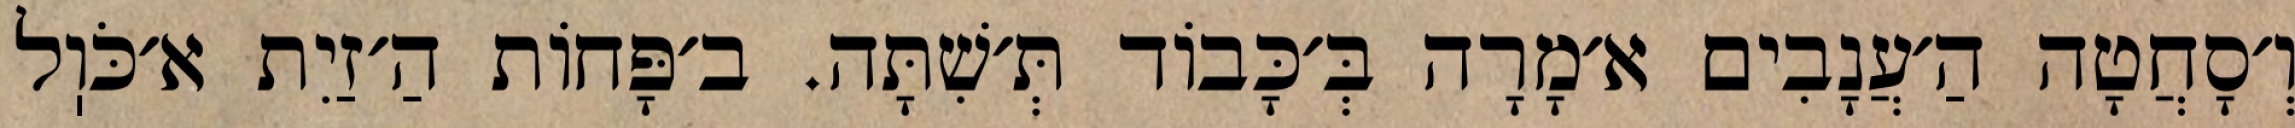
וְ׳סָחֲטָה הַ׳עֲנָבִים א׳מָרָה בְּ׳כָּבוֹד תְּ׳שִׁתָּה. ב׳פָּחוֹת הַ׳זַיִת א׳כֹּוֽל